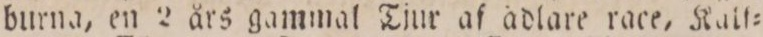
burna, en 2 års gammal Tjur af ädlare race, Kalſ=